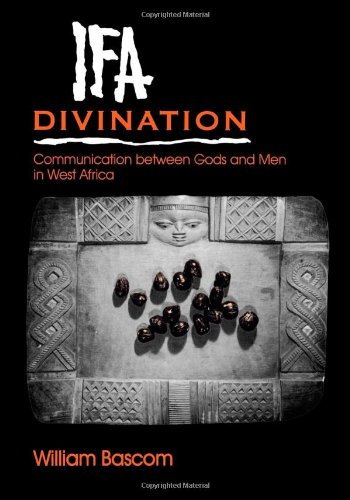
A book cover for Ifa Divination: Communication between Gods and Men in West Africa (Midland Book); William W. Bascom; Literature & Fiction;